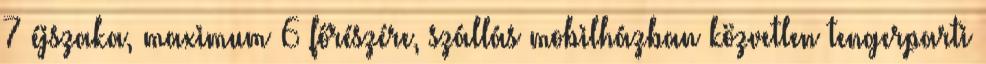
7 éjszaka, maximum 6 főrészére, szállás mobilházban közvetlen tengerparti